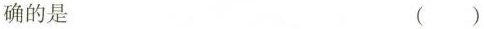
确的是 （ ）